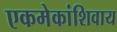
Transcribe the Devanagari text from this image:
एकमेकांशिवाय